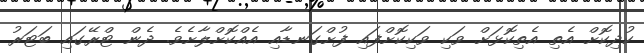
ކުދިކޮށް އެތި އެތިކޮޅަށް ވަކި ވަކިކޮށްފައި ފުށްގަނޑާއި އެއްކޮށްލާށެވެ. ދެން ޓްރޭގައި ބަޓަރު